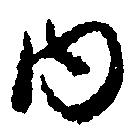
内